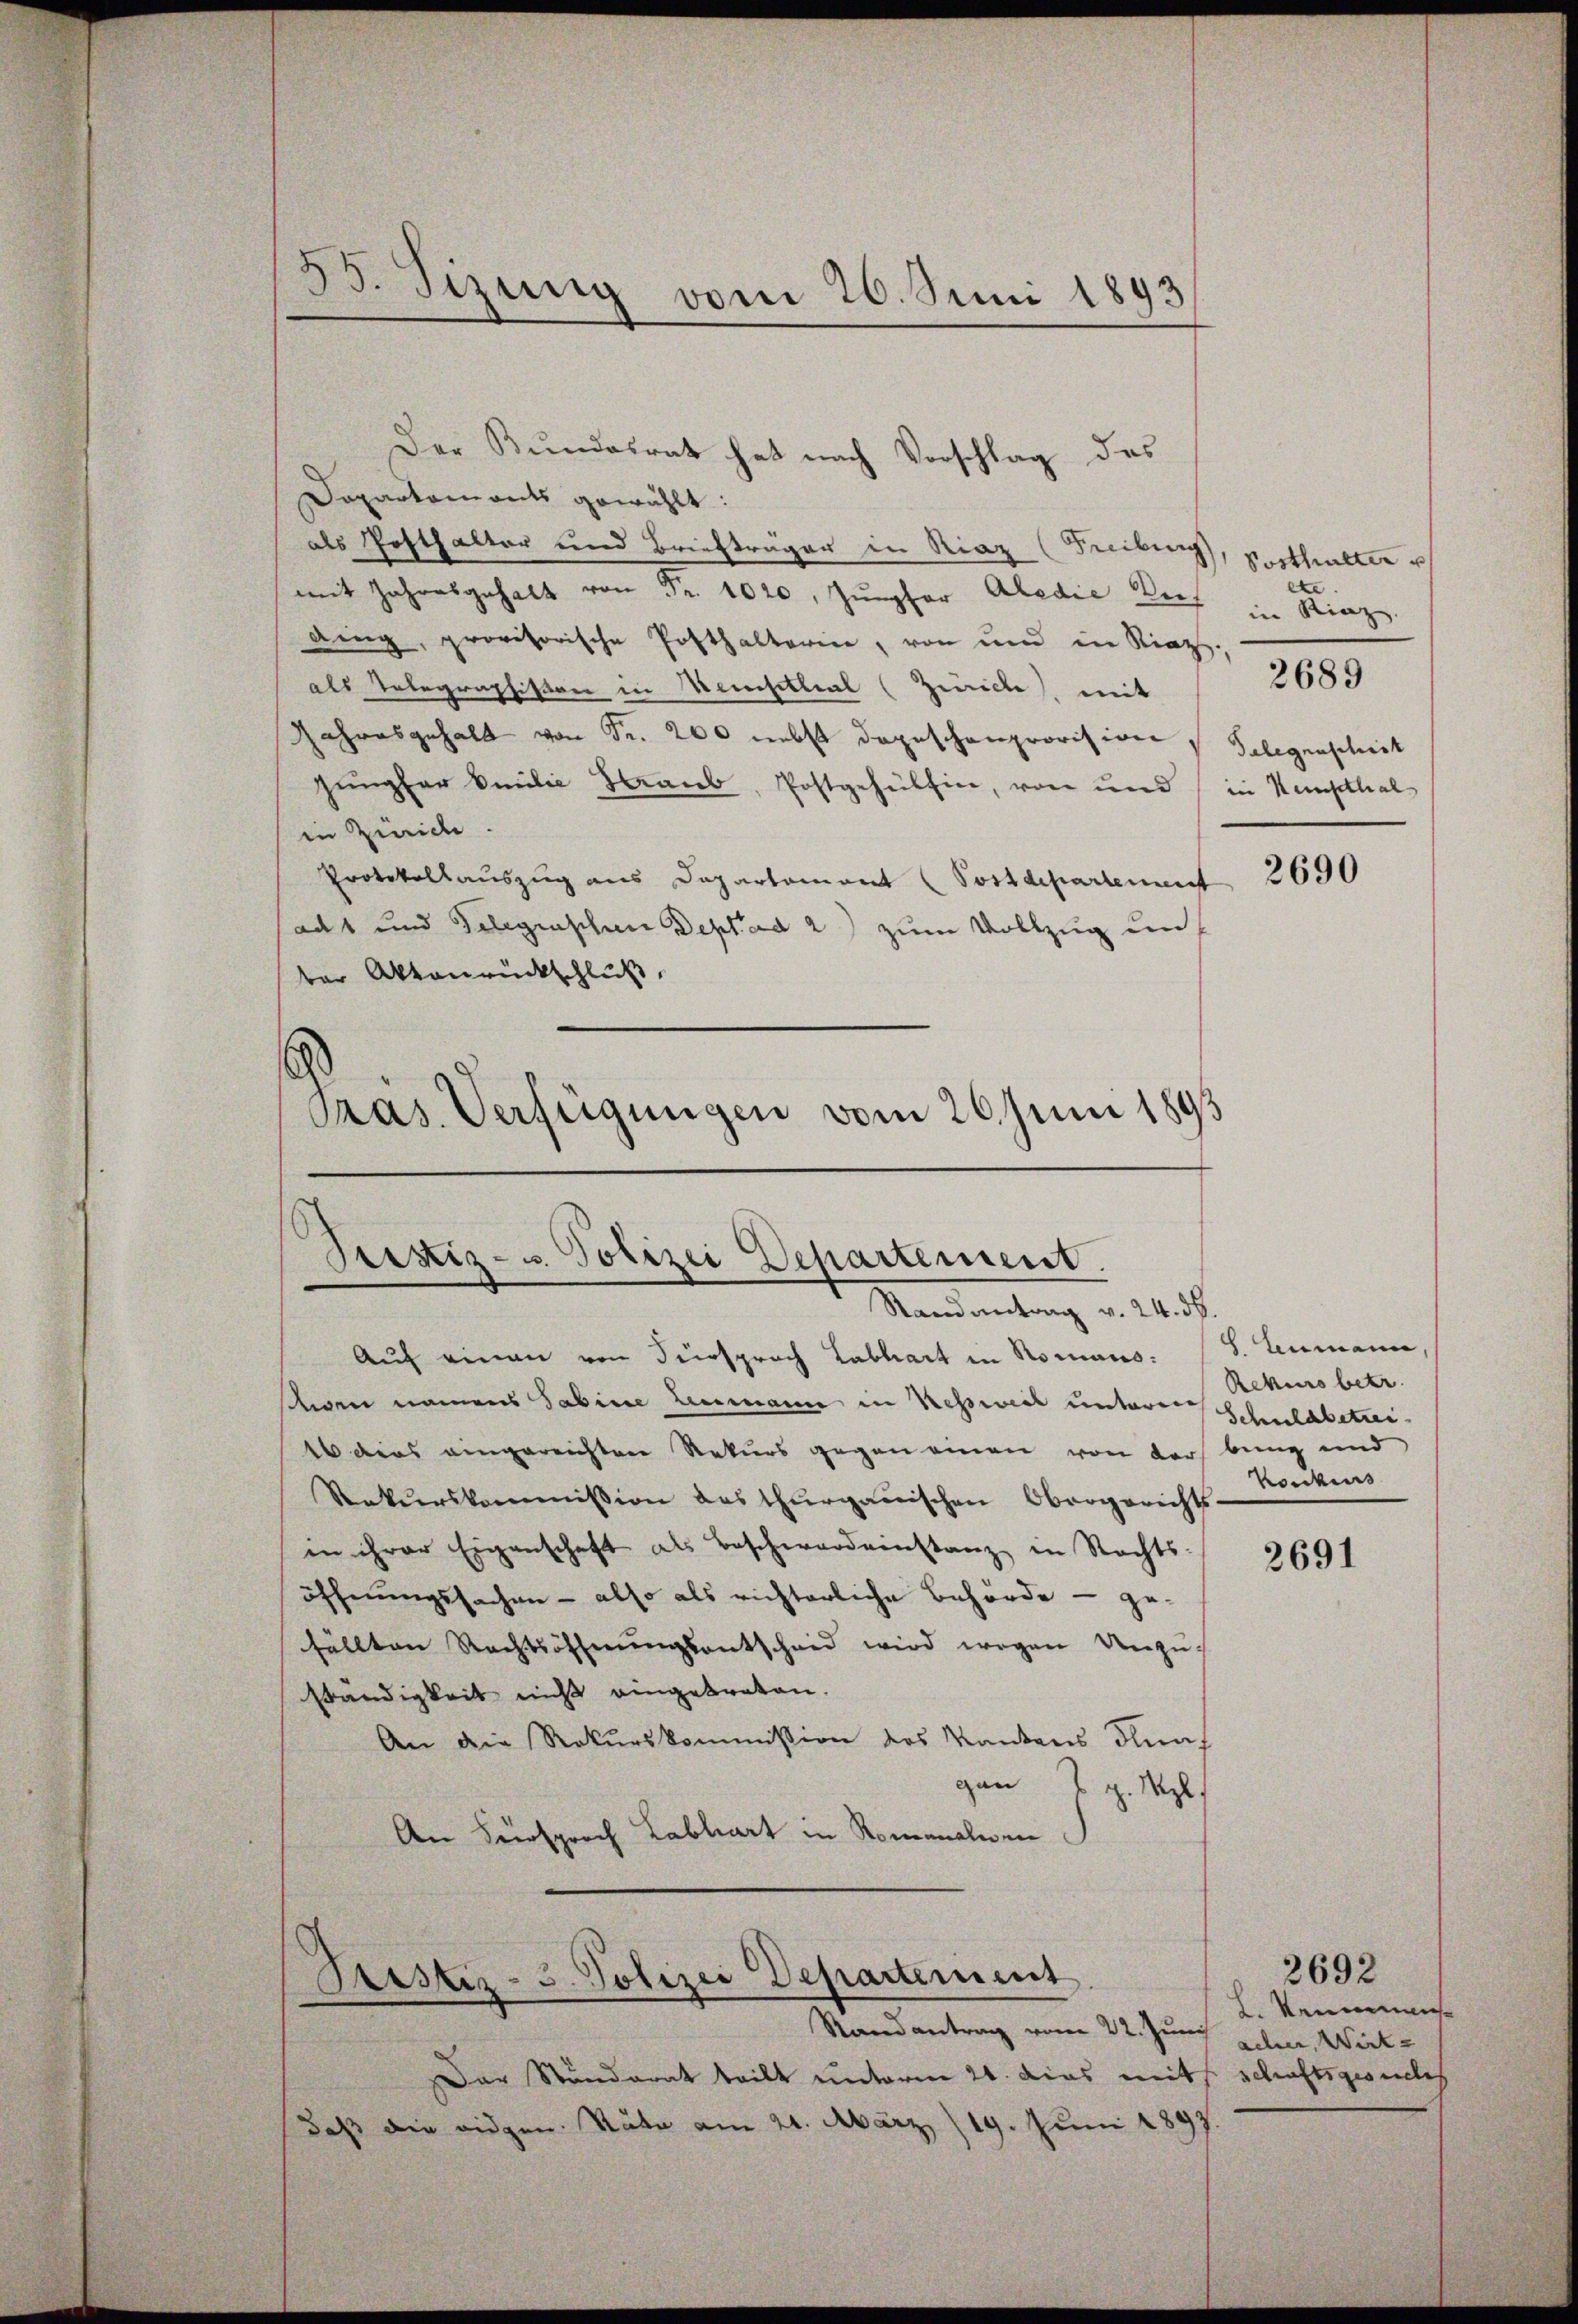
33. Tizung vom 26. Juni 1893

Der Bundesrat hat nach Vorschlag des
Dopartements gewählt:
als Posthalter und Briefträger in Riaz (Freibung
mit Jahresgehalt von Fr. 1020. Jungfer Abedie Dies
ding, provisorische Posthalterie, von und in Riazsals Telegraphiston in Weisetlial (Zürich, mit
Jahresgehalt von Fr. 200 nebst dapeschenprovision
jungfer Emilie Staub, Postgehülfen, von und in Kampilial
in Zürich.
Protokollauszug aus Departemont (Postdepartement 2690
adt und Gelegenschen Depfad 2) zum Vollzug un
ber Aktenrückschluß,
Pras. Verfügungen vom 26. Juni 1893

Pristiz- u. Polizei Departement.
Mandantung v. 24. d.

Pristiz- 3. Polizei Departement

Auf einen von Fürsprach Labhart in Romans. (S. Tumann
deren namens Sabine Leemann in Kessweil unterer Schuldbetrei¬
16 dies eingereichten Rekurs gegen einen von der bung und
Rekurskommission des thurgauischen Obergerichts
in ihrer Eigenschaft als Beschward einstanz in Rechts-
öffnungssachen - also als richterliche Behörde – gefällten Rechtsoffnŭngsantscheid wird wegen Unzuständigkeit nicht eingebraten.
An die Rekurskommission des Kantons durch
gan
g. Mayl
An Fürsprach Labliart in Romanalwei

Randantrag vom 22. Junis
Der Stunderat teilt unterm 21. dies mit
daß die eidgen. Räte am 24. März/19. Juni 1897.

Sosthalter u
ete.
in Rinz.
Gelegenschrit

2689

Rekes betr.
Konkurs

2691

2. Neumans
acher, Wirt-
schaftsgesuches

3692